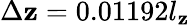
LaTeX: \Delta\mathbf{z}=0.01192l_{\mathbf{z}}